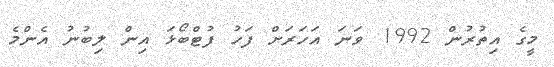
މީގެ އިތުރުން 1992 ވަަނަ އަހަރަށް ފަހު ފުޓްބޯޅަ އިން ލިބުނު އެންމެ